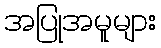
အပြုအမူများ